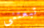
تبعتني